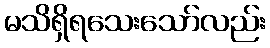
မသိရှိရသေးသော်လည်း